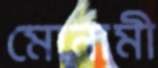
মোনামী